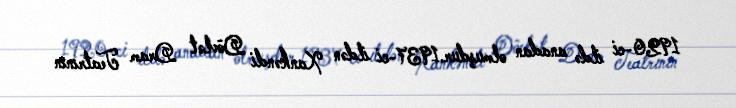
1920-ci ildə anadan olmuşdur.1937-ci ildən Xankəndi Dövlət Dram Teatrının